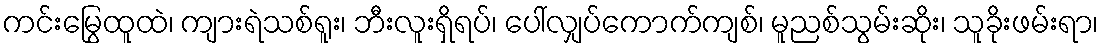
ကင်းမြွေထူထဲ၊ ကျားရဲသစ်ရူး၊ ဘီးလူးရှိရပ်၊ ပေါ်လျှပ်ကောက်ကျစ်၊ မူညစ်သွမ်းဆိုး၊ သူခိုးဖမ်းရာ၊